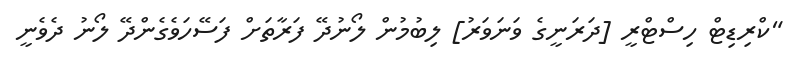
"ކްރިޑިޓް ހިސްޓްރީ [ދަރަނީގެ ވަނަވަރު] ލިބުމުން ލޯނުދޭ ފަރާތަށް ފަސޭހަވެގެންދޭ ލޯނު ދެވެނީ